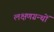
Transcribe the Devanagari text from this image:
लक्षणग्रन्थों